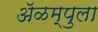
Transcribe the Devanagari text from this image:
ॲळम्पुला